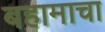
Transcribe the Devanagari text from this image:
बहामाचा